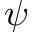
\psi